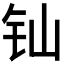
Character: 𲇯